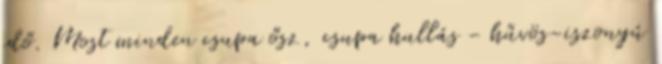
idő. Most minden csupa ősz, csupa hullás - hűvös-iszonyú